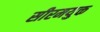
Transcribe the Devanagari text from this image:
सीरमयुक्त